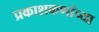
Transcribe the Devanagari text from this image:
प्रकाशकणांच्या